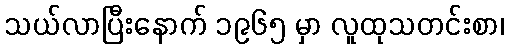
သယ်လာပြီးနောက် ၁၉၆၅ မှာ လူထုသတင်းစာ၊